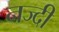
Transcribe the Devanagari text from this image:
नज्दी